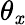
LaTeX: \theta_{\mathit{x}}